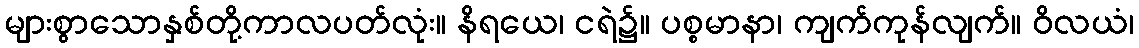
များစွာသောနှစ်တို့ကာလပတ်လုံး။ နိရယေ၊ ငရဲ၌။ ပစ္စမာနာ၊ ကျက်ကုန်လျက်။ ဝိလယံ၊